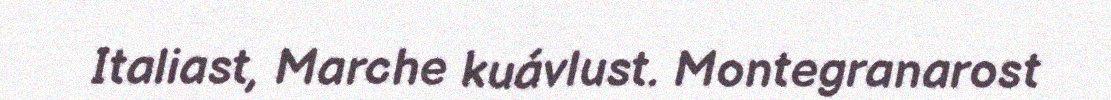
Italiast, Marche kuávlust. Montegranarost